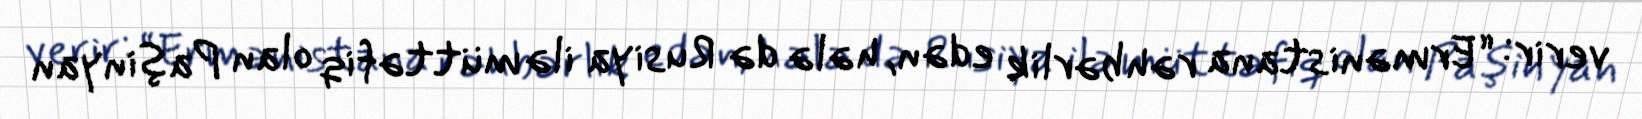
verir: “Ermənistana rəhbərlik edən, hələ də Rusiya ilə müttəfiq olan Paşinyan